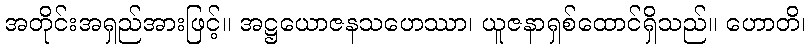
အတိုင်းအရှည်အားဖြင့်။ အဋ္ဌယောဇနသဟေဿာ၊ ယူဇနာရှစ်ထောင်ရှိသည်။ ဟောတိ၊